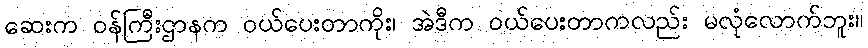
ဆေးက ဝန်ကြီးဌာနက ဝယ်ပေးတာကိုး၊ အဲဒီက ဝယ်ပေးတာကလည်း မလုံလောက်ဘူး။